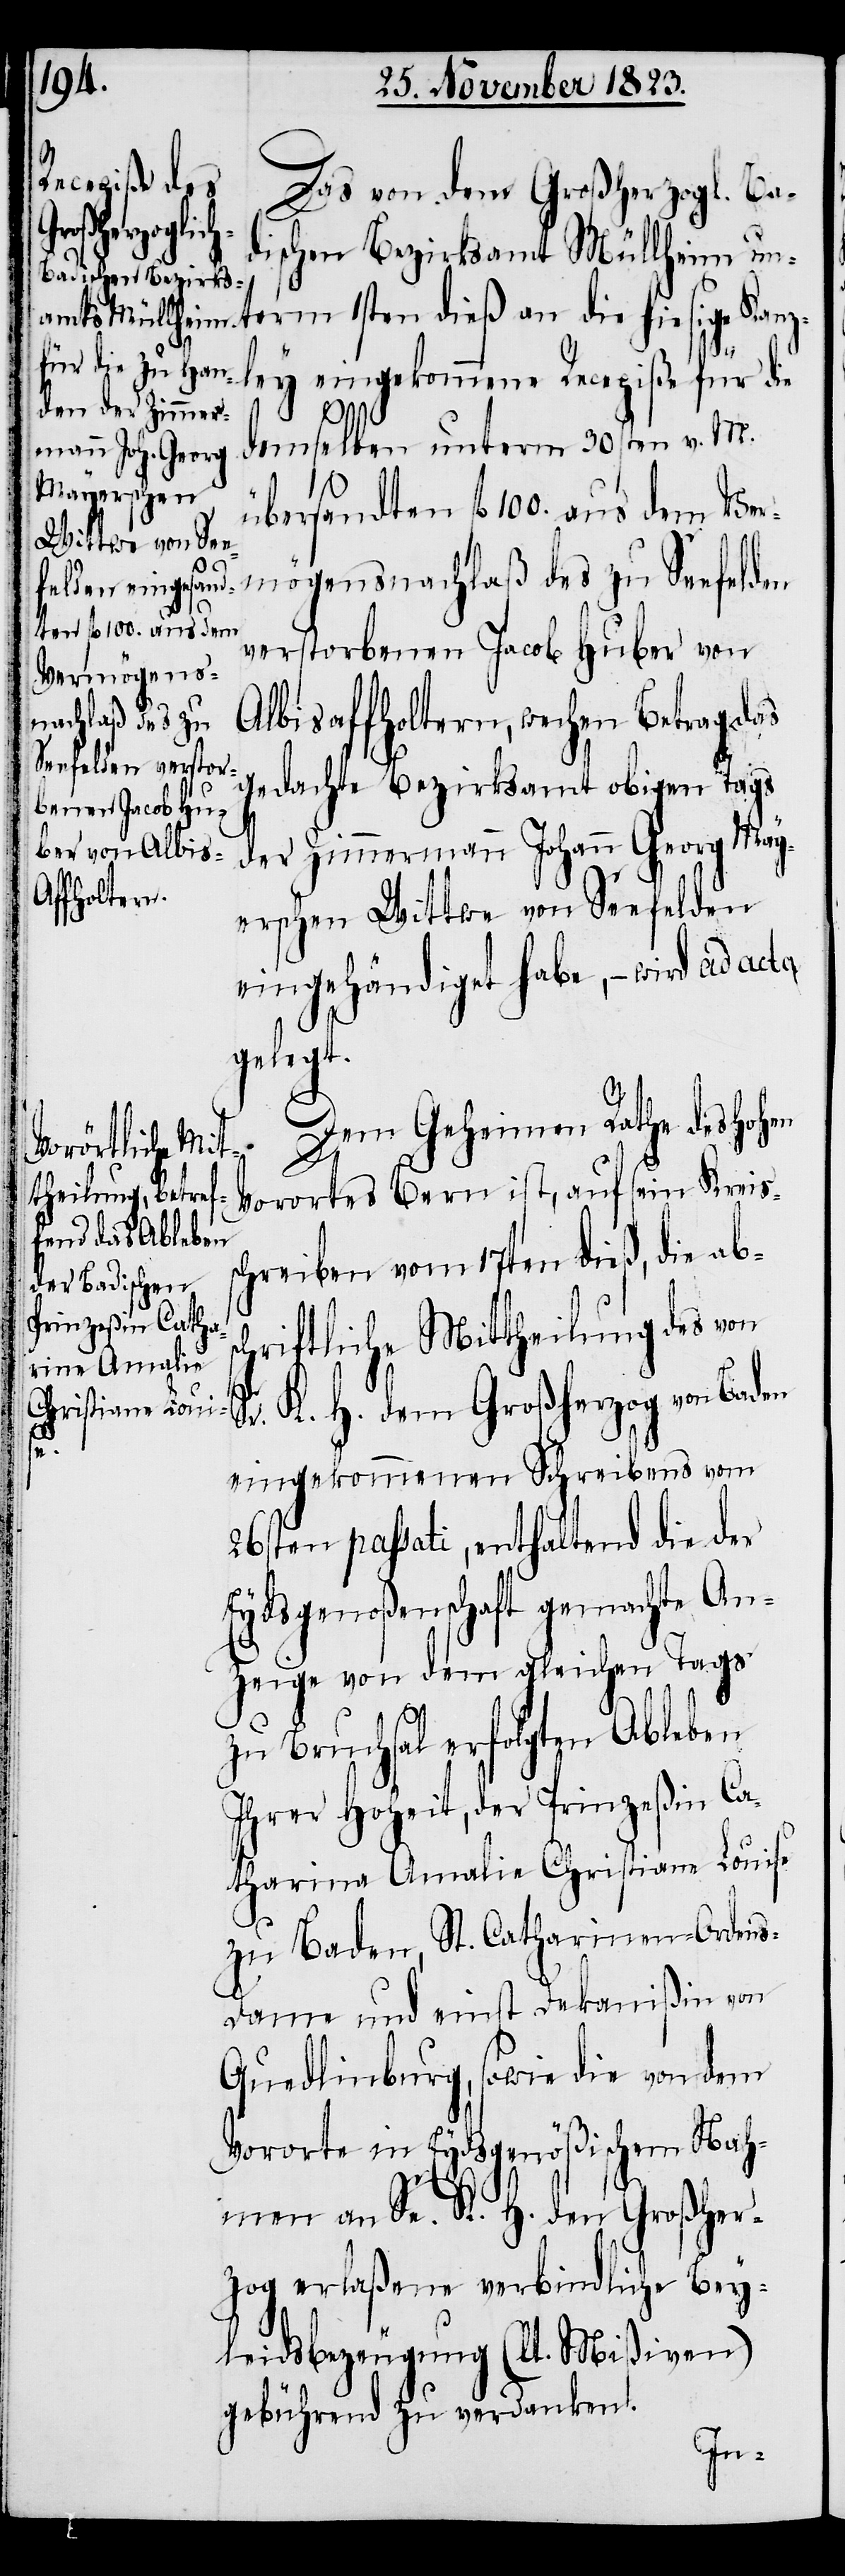
Das von dem Großherzogl. Ba¬
Betrag das
dischen Bezirksamt Müllheim u¬
nterm 1sten dieß an die hiesige Kanz¬
ley eingekommene Recepiße für die
Albisa¬
demselben unterm 30sten v. M.
übersandten fl 100. aus dem Ver¬
mögensnachlaß des zu Seefelden
verstorbenen Jacob Huber von
gedachte Bezirksamt obigen Tags
der Zimmermann Johann Georg May¬
ffholtern,
erschen Wittwe von Seefelden
eingehändiget habe, − wird ad acta
gelegt.
Dem Geheimen Rathe des hohen
Vorortes Bern ist, auf sein Kreis¬
chreiben vom 17ten dieß, die abs¬
chriftliche Mittheilung des von
Sr. K. H. dem Großherzog von Baden
s¬
eingekommenen Schreibens vom
26sten passati, enthaltend die der
Eydsgenoßenschaft gemachte An¬
zeige von dem gleichen Tags
zu Bruchsal erfolgten Ableben
Ihrer Hoheit, der Prinzeßin Ca¬
tharina Amalie Christiane Louise
zu Baden, St. Catharinen-Orden¬
s-Dame und einst Dekanißin von
Quedlinburg, sowie die von dem
Vororte in Eydsgenößischem Nah¬
men an Se. K. H. den Großher¬
zog erlaßene verbindliche Bey¬
leidsbezeugung (lt. Mißiven)
gebührend zu verdanken.